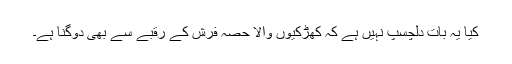
کیا یہ بات دلچسپ نہیں ہے کہ کھڑکیوں والا حصہ فرش کے رقبے سے بھی دوگنا ہے۔